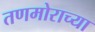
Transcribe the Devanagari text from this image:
तणमोराच्या